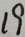
1 9